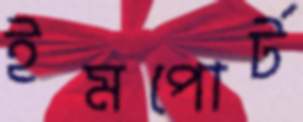
ইমপোর্ট